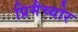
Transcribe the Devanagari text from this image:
प्रिमैच्योर